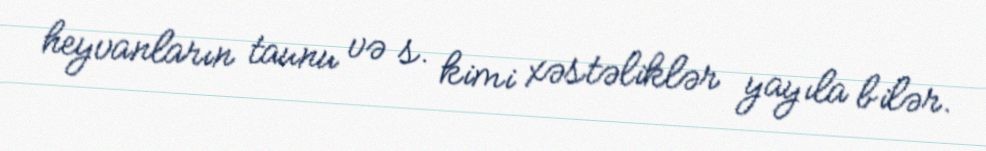
heyvanların taunu və s. kimi xəstəliklər yayıla bilər.